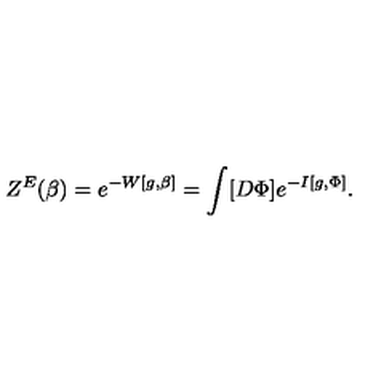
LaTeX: Z ^ { E } ( \beta ) = e ^ { - W [ g , \beta ] } = \int [ D \Phi ] e ^ { - I [ g , \Phi ] } .